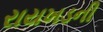
રાયખડની